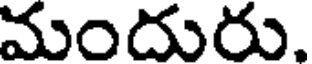
మందురు.